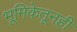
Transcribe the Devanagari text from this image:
भूमिकेतूनही